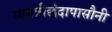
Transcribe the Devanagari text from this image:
गायत्रीछंदापासौनी